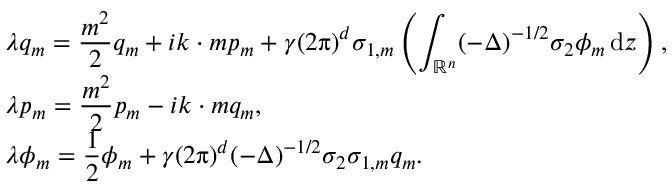
\begin{array} { l } { \lambda q _ { m } = \displaystyle \frac { m ^ { 2 } } { 2 } q _ { m } + i k \cdot m p _ { m } + \gamma ( 2 \uppi ) ^ { d } \sigma _ { 1 , m } \left( \displaystyle \int _ { \mathbb R ^ { n } } ( - \Delta ) ^ { - 1 / 2 } \sigma _ { 2 } \phi _ { m } \, { \mathrm { d } } z \right) , } \\ { \lambda p _ { m } = \displaystyle \frac { m ^ { 2 } } 2 p _ { m } - i k \cdot m q _ { m } , } \\ { \lambda \phi _ { m } = \displaystyle \frac 1 2 \phi _ { m } + \gamma ( 2 \uppi ) ^ { d } ( - \Delta ) ^ { - 1 / 2 } \sigma _ { 2 } \sigma _ { 1 , m } q _ { m } . } \end{array}